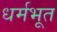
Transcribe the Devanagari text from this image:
धर्मभूत